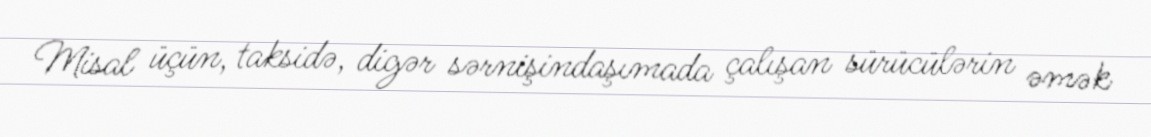
Misal üçün, taksidə, digər sərnişindaşımada çalışan sürücülərin əmək